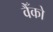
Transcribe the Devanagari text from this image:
वैँको